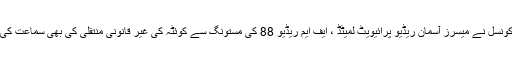
کونسل نے میسرز آسمان ریڈیو پرائیویٹ لمیٹڈ ، ایف ایم ریڈیو 88 کی مستونگ سے کوئٹہ کی غیر قانونی منتقلی کی بھی سماعت کی۔